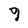
Character: 9